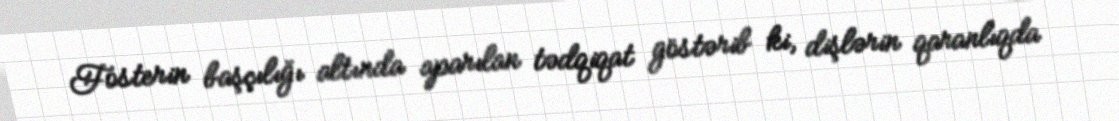
Fosterin başçılığı altında aparılan tədqiqat göstərib ki, dişlərin qaranlıqda